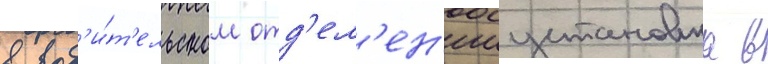
в вод'и́т'ельском отд'ел'ен'ииустановка в